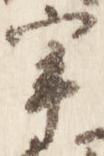
宰